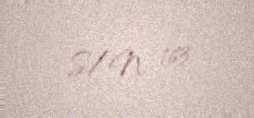
S/N: 163